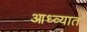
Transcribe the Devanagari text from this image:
आध्व्यात